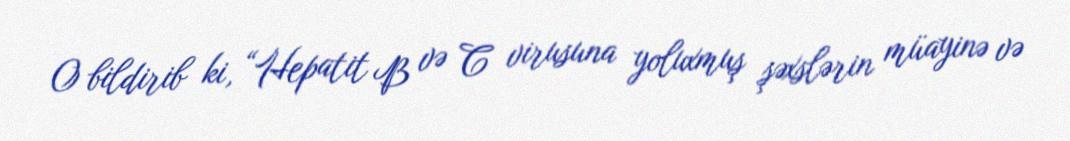
O bildirib ki, “Hepatit B və C virusuna yoluxmuş şəxslərin müayinə və